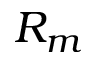
R _ { m }